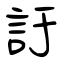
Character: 訏